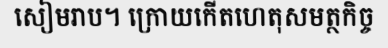
សៀមរាប។ ក្រោយកើតហេតុសមត្ថកិច្ច